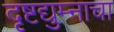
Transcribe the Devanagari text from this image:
दृष्टद्युम्नाचा